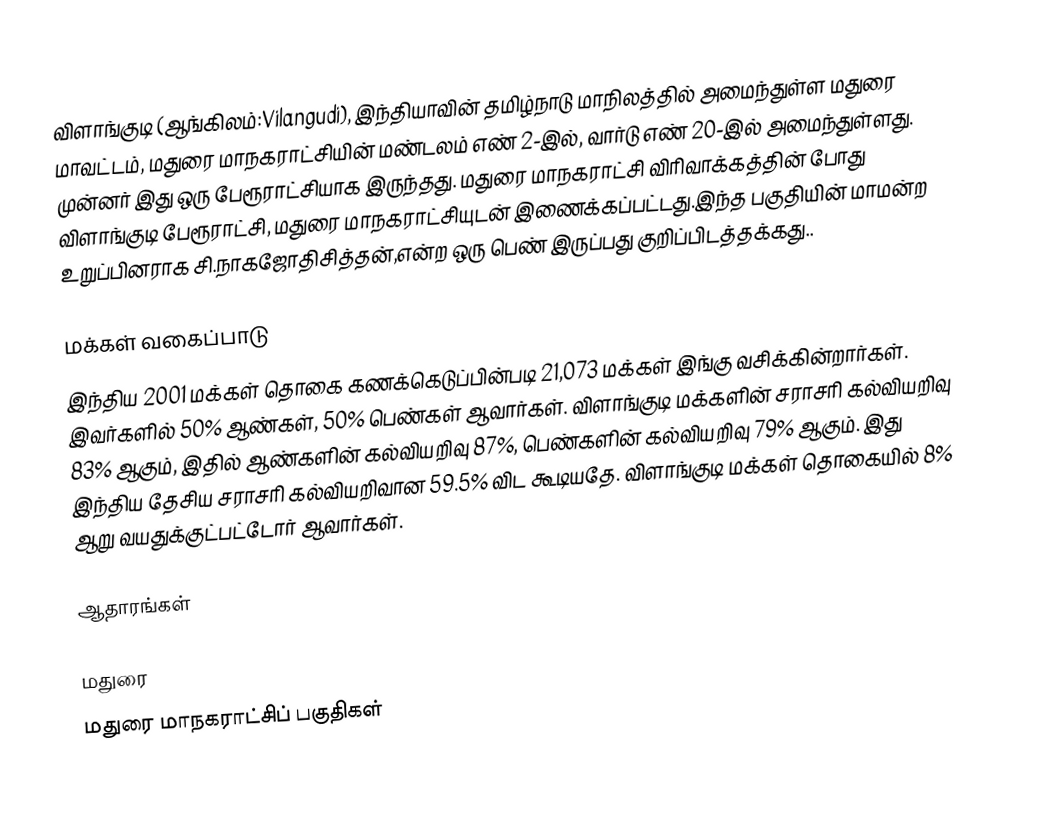
விளாங்குடி (ஆங்கிலம்:Vilangudi), இந்தியாவின் தமிழ்நாடு மாநிலத்தில் அமைந்துள்ள மதுரை மாவட்டம், மதுரை மாநகராட்சியின் மண்டலம் எண் 2-இல், வார்டு எண் 20-இல் அமைந்துள்ளது.  முன்னர்  இது ஒரு பேரூராட்சியாக இருந்தது. மதுரை மாநகராட்சி விரிவாக்கத்தின் போது விளாங்குடி பேரூராட்சி, மதுரை மாநகராட்சியுடன் இணைக்கப்பட்டது.இந்த பகுதியின் மாமன்ற உறுப்பினராக சி.நாகஜோதிசித்தன்,என்ற ஒரு பெண் இருப்பது குறிப்பிடத்தக்கது..

மக்கள் வகைப்பாடு
இந்திய 2001 மக்கள் தொகை கணக்கெடுப்பின்படி 21,073 மக்கள் இங்கு வசிக்கின்றார்கள். இவர்களில் 50% ஆண்கள், 50% பெண்கள் ஆவார்கள். விளாங்குடி மக்களின் சராசரி கல்வியறிவு 83% ஆகும்,  இதில் ஆண்களின் கல்வியறிவு 87%,  பெண்களின் கல்வியறிவு 79% ஆகும். இது இந்திய தேசிய சராசரி கல்வியறிவான 59.5% விட கூடியதே. விளாங்குடி மக்கள் தொகையில் 8%  ஆறு வயதுக்குட்பட்டோர் ஆவார்கள்.

ஆதாரங்கள்

மதுரை
மதுரை மாநகராட்சிப் பகுதிகள்